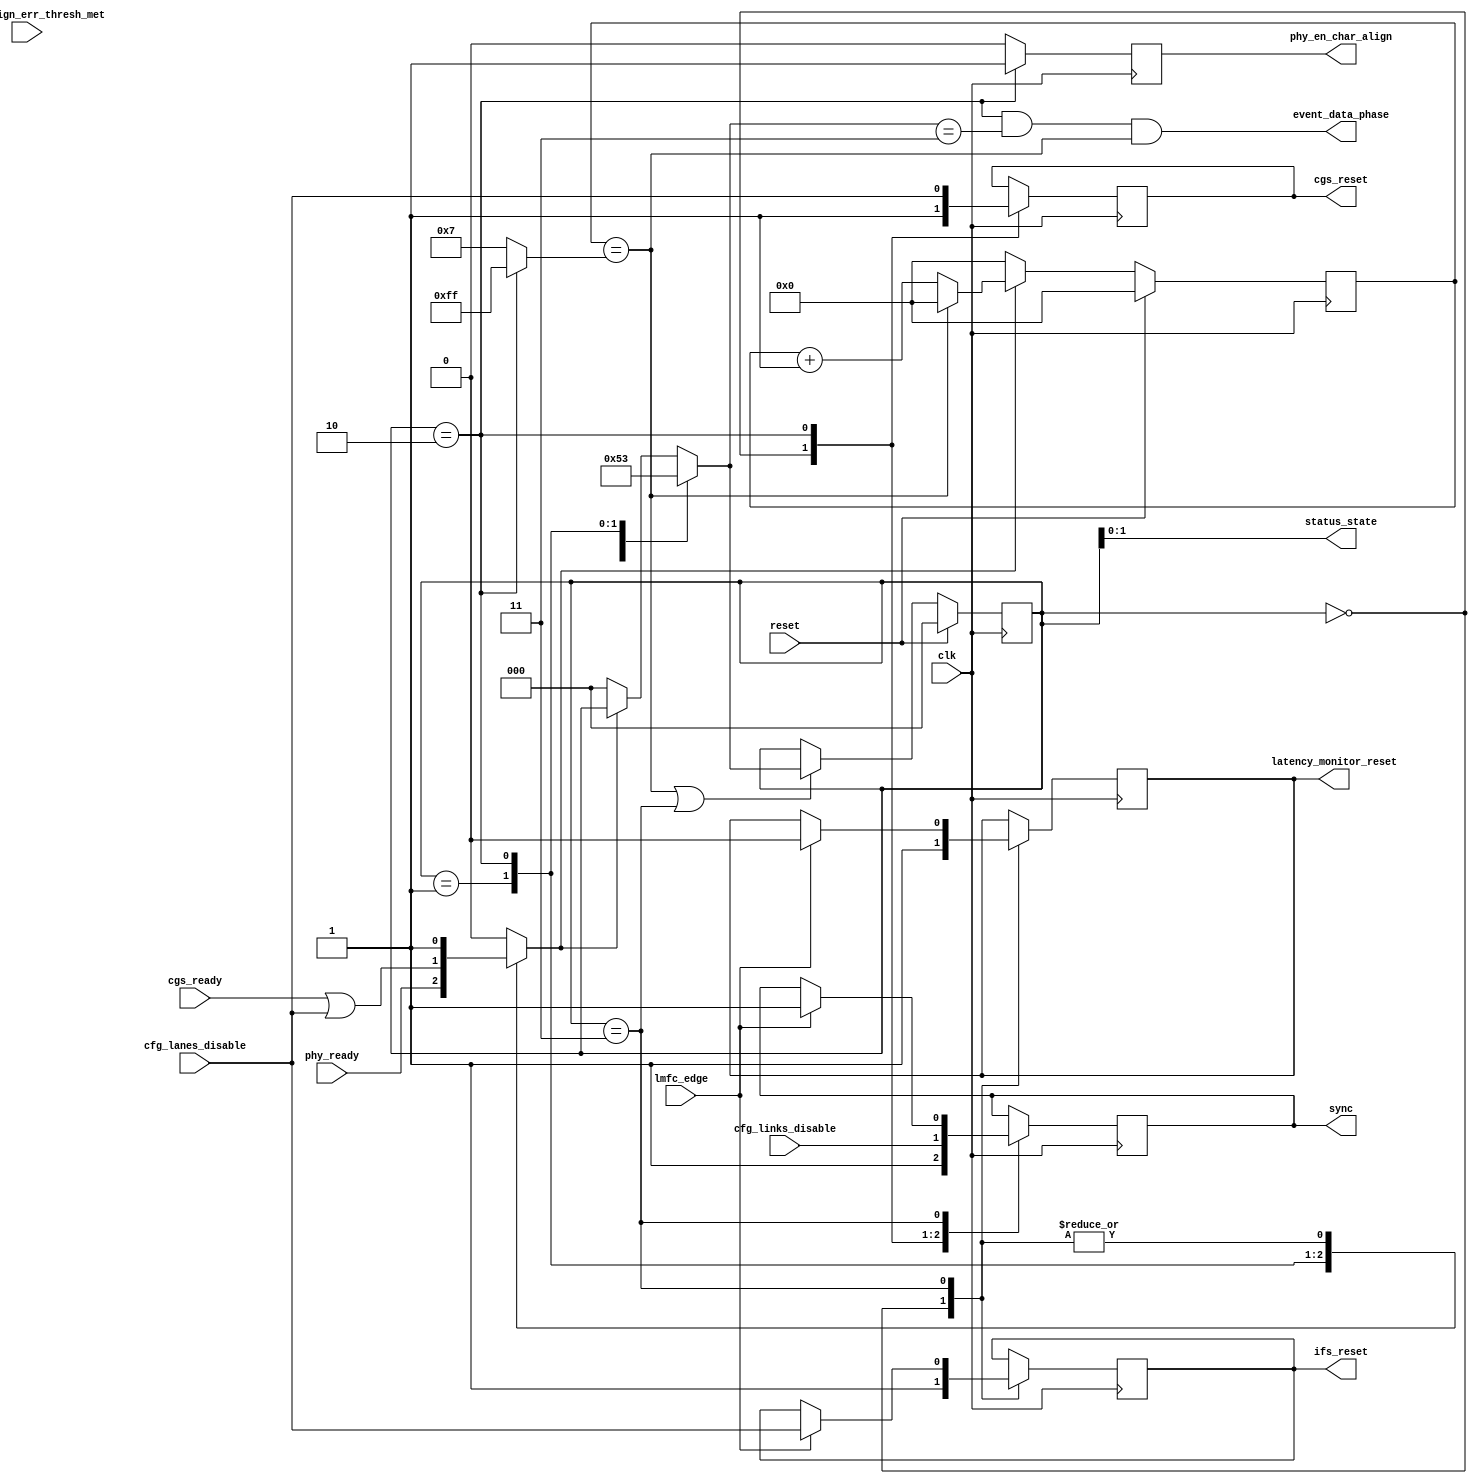
// ***************************************************************************
// ***************************************************************************
// Copyright (C) 2017, 2018, 2020-2022 Analog Devices, Inc. All rights reserved.
// SPDX short identifier: ADIJESD204
// ***************************************************************************
// ***************************************************************************

`timescale 1ns/100ps

module jesd204_rx_ctrl #(
  parameter NUM_LANES = 1,
  parameter NUM_LINKS = 1,
  parameter ENABLE_FRAME_ALIGN_ERR_RESET = 0
) (
  input clk,
  input reset,

  input [NUM_LANES-1:0] cfg_lanes_disable,
  input [NUM_LINKS-1:0] cfg_links_disable,

  input phy_ready,
  output phy_en_char_align,

  output [NUM_LANES-1:0] cgs_reset,
  input [NUM_LANES-1:0] cgs_ready,

  output [NUM_LANES-1:0] ifs_reset,

  input lmfc_edge,
  input [NUM_LANES-1:0] frame_align_err_thresh_met,

  output [NUM_LINKS-1:0] sync,
  output reg latency_monitor_reset,

  output [1:0] status_state,
  output event_data_phase
);

  localparam STATE_RESET = 0;
  localparam STATE_WAIT_FOR_PHY = 1;
  localparam STATE_CGS = 2;
  localparam STATE_SYNCHRONIZED = 3;

  reg [2:0] state = STATE_RESET;
  reg [2:0] next_state = STATE_RESET;

  reg [NUM_LANES-1:0] cgs_rst = {NUM_LANES{1'b1}};
  reg [NUM_LANES-1:0] ifs_rst = {NUM_LANES{1'b1}};
  reg [NUM_LINKS-1:0] sync_n = {NUM_LINKS{1'b1}};
  reg en_align = 1'b0;
  reg state_good = 1'b0;

  reg [7:0] good_counter = 'h00;

  wire [7:0] good_cnt_limit_s;
  wire       good_cnt_limit_reached_s;
  wire       goto_next_state_s;

  assign cgs_reset = cgs_rst;
  assign ifs_reset = ifs_rst;
  assign sync = sync_n;
  assign phy_en_char_align = en_align;

  assign status_state = state;

  always @(posedge clk) begin
    case (state)
    STATE_RESET: begin
      cgs_rst <= {NUM_LANES{1'b1}};
      ifs_rst <= {NUM_LANES{1'b1}};
      sync_n <= {NUM_LINKS{1'b1}};
      latency_monitor_reset <= 1'b1;
    end
    STATE_CGS: begin
      sync_n <= cfg_links_disable;
      cgs_rst <= cfg_lanes_disable;
    end
    STATE_SYNCHRONIZED: begin
      if (lmfc_edge == 1'b1) begin
        sync_n <= {NUM_LINKS{1'b1}};
        ifs_rst <= cfg_lanes_disable;
        latency_monitor_reset <= 1'b0;
      end
    end
    endcase
  end

  always @(*) begin
    case (state)
    STATE_RESET: state_good = 1'b1;
    STATE_WAIT_FOR_PHY: state_good = phy_ready;
    STATE_CGS: state_good = &(cgs_ready | cfg_lanes_disable);
    STATE_SYNCHRONIZED: state_good = ENABLE_FRAME_ALIGN_ERR_RESET ?
                                     &(~frame_align_err_thresh_met | cfg_lanes_disable) :
                                     1'b1;
    default: state_good = 1'b0;
    endcase
  end

  assign good_cnt_limit_s = (state == STATE_CGS) ? 'hff : 'h7;
  assign good_cnt_limit_reached_s = good_counter == good_cnt_limit_s;

  assign goto_next_state_s = good_cnt_limit_reached_s || (state == STATE_SYNCHRONIZED);

  always @(posedge clk) begin
    if (reset) begin
      good_counter <= 'h00;
    end else if (state_good == 1'b1) begin
      if (good_cnt_limit_reached_s) begin
        good_counter <= 'h00;
      end else begin
        good_counter <= good_counter + 1'b1;
      end
    end else begin
      good_counter <= 'h00;
    end
  end

  always @(posedge clk) begin
    case (state)
    STATE_CGS: en_align <= 1'b1;
    default: en_align <= 1'b0;
    endcase
  end

  always @(*) begin
    case (state)
    STATE_RESET: next_state = STATE_WAIT_FOR_PHY;
    STATE_WAIT_FOR_PHY: next_state = STATE_CGS;
    STATE_CGS: next_state = STATE_SYNCHRONIZED;
    default: next_state = state_good ? state : STATE_RESET;
    endcase
  end

  always @(posedge clk) begin
    if (reset == 1'b1) begin
      state <= STATE_RESET;
    end else begin
      if (goto_next_state_s) begin
        state <= next_state;
      end
    end
  end

  assign event_data_phase = state == STATE_CGS &&
                            next_state == STATE_SYNCHRONIZED &&
                            good_cnt_limit_reached_s;

endmodule